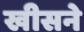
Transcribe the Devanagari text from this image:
खीसने